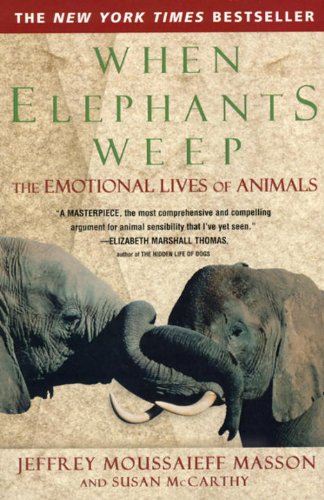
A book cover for When Elephants Weep: The Emotional Lives of Animals; Jeffrey Moussaieff Masson; Science & Math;